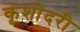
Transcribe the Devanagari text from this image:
कृशोदरी